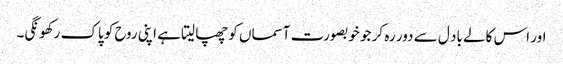
اور اس کالے باد ل سے دور رہ کر جو خوبصورت آسماں کو چھپا لیتا ہے اپنی روح کو پاک رکھونگی۔